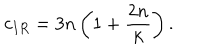
c _ { I R } = 3 n \left( 1 + \frac { 2 n } { k } \right) .